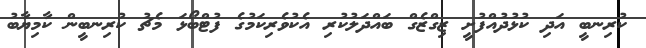
ކުރިނބީ އަދި ކުޅުދުއްފުށީ ޒިގްޒެގް ބައްދަލުކުރި އެކުވެރިކަމުގެ ފުޓްބޯޅަ މެޗު ކުރިނބީން ކާމިޔާބު